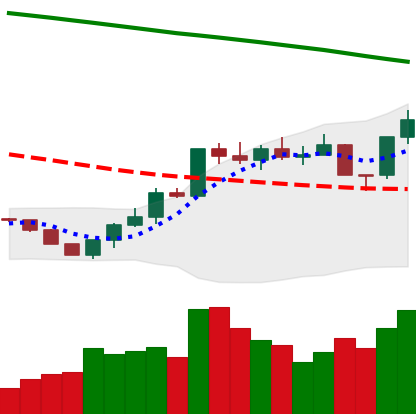
Ticker: ETH-USD
Chart end date: 2022-07-28
Forward return: -5.362%
Label: down_5_7